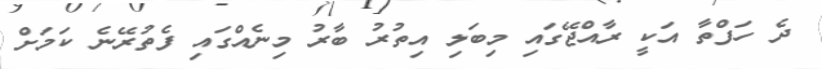
ދެ ހަފްތާ އަކީ ރާއްޖޭގައި މިބަލި އިތުރު ބާރު މިނެއްގައި ފެތުރޭނެ ކަމަށް